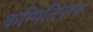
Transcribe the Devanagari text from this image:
कम्पितिसन